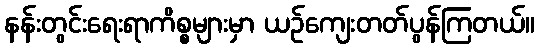
နန်းတွင်းရေးရာကိစ္စများမှာ ယဉ်ကျေးတတ်ပွန်ကြတယ်။